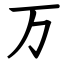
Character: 万